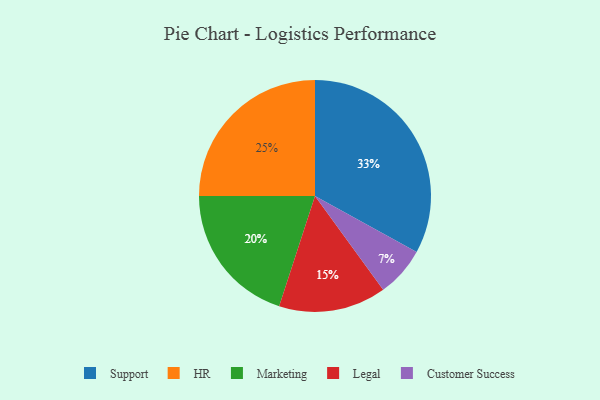
{"axis": {"x": "Category", "y": "Percentage"}, "legend": ["Customer Success", "HR", "Legal", "Marketing", "Support"], "data": [{"x": "Legal", "y": 15, "type": "Legal"}, {"x": "Customer Success", "y": 7, "type": "Customer Success"}, {"x": "Support", "y": 33, "type": "Support"}, {"x": "Marketing", "y": 20, "type": "Marketing"}, {"x": "HR", "y": 25, "type": "HR"}]}